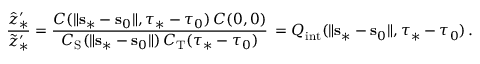
\frac { \hat { z } _ { \ast } ^ { \prime } } { \tilde { z } _ { \ast } ^ { \prime } } = \frac { C ( \lVert { \mathbf s } _ { \ast } - { \mathbf s } _ { 0 } \rVert , \tau _ { \ast } - \tau _ { 0 } ) \, C ( 0 , 0 ) } { C _ { \mathrm { S } } ( \lVert { \mathbf s } _ { \ast } - { \mathbf s } _ { 0 } \rVert ) \, C _ { \mathrm { T } } ( \tau _ { \ast } - \tau _ { 0 } ) } \, = Q _ { \mathrm { i n t } } ( \lVert { \mathbf s } _ { \ast } - { \mathbf s } _ { 0 } \rVert , \tau _ { \ast } - \tau _ { 0 } ) \, .